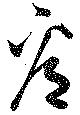
看